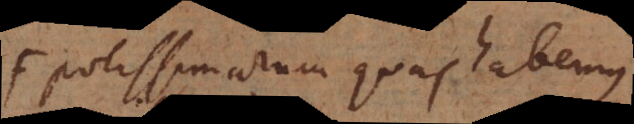
F potissimarum quas habemus